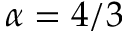
\alpha = 4 / 3